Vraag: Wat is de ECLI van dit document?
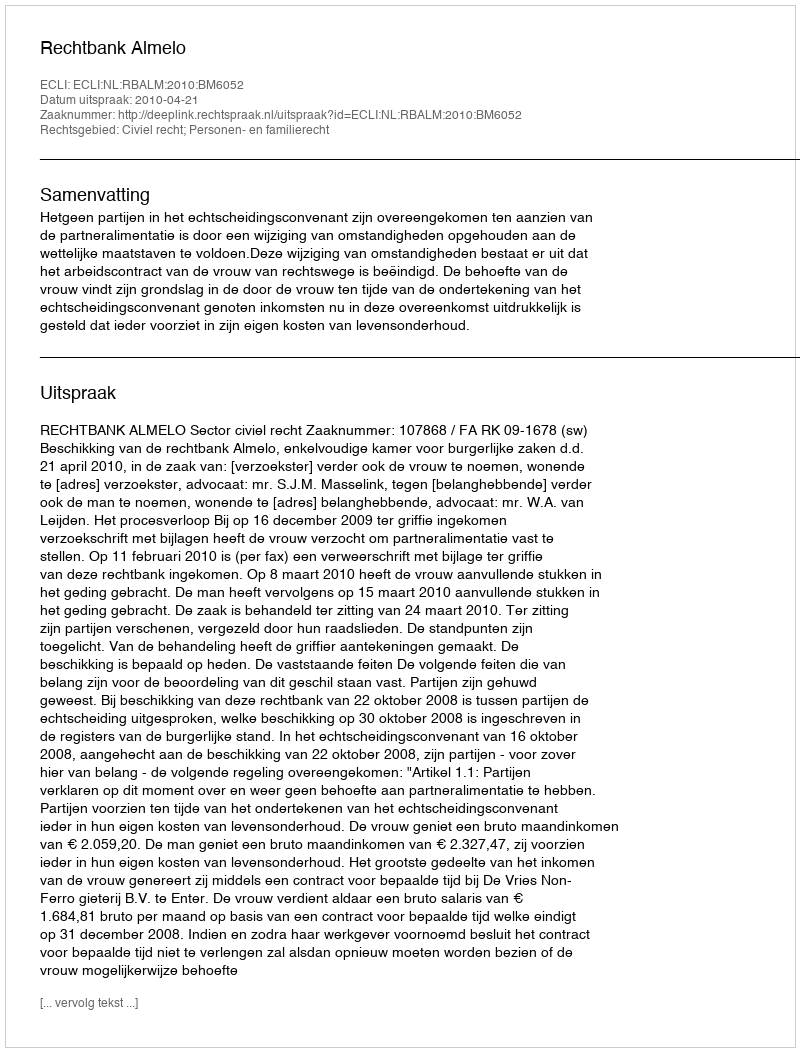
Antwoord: ECLI:NL:RBALM:2010:BM6052